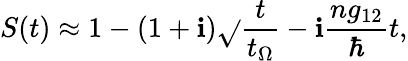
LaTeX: S(t)\approx1-(1+\mathbf{i})\sqrt{}{{\frac{{t}}{{t_{\Omega}}}}}-\mathbf{i}\frac{{ng_{12}}}{{\hbar}}t,